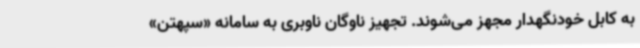
به کابل خودنگهدار مجهز می‌شوند. تجهیز ناوگان ناوبری به سامانه «سپهتن»